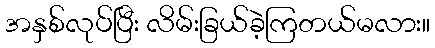
အနှစ်လုပ်ပြီး လိမ်းခြယ်ခဲ့ကြတယ်မလား။